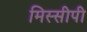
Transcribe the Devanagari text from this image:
मिस्सीपी